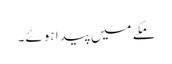
مکے میں پیدا ہوئے۔